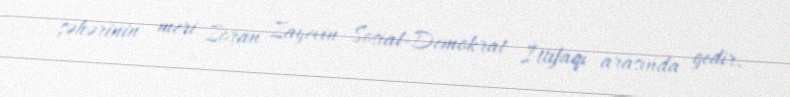
şəhərinin meri Zoran Zayevin Sosial-Demokrat İttifaqı arasında gedir.